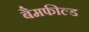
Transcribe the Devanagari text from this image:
बैमफील्ड